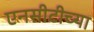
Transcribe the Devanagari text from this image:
एनसीटीच्या